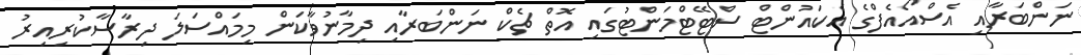
ނަންބަރާއި އެސްއޯއެފްގެ އެކައުންޓް ސްޓޭޓްމަންޓުގައި އޮތް ޗެކް ނަންބަރާއި ދިމާނުވާކަން މިމައްސަލަ ދިރާސާކުރިއިރު